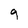
Character: 9